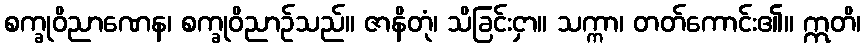
စက္ခုဝိညာဏေန၊ စက္ခုဝိညာဉ်သည်။ ဇာနိတုံ၊ သိခြင်းငှာ။ သက္ကာ၊ တတ်ကောင်း၏။ ဣတိ၊